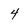
Character: 4